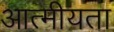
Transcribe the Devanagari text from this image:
आत्‍मीयता